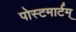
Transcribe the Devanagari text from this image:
पोस्टमार्टम्‌